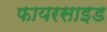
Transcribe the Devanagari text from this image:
फायरसाइड